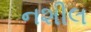
નશીલ